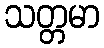
သတ္တမာ